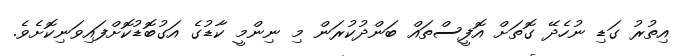
އިތުރު ގަޑި ނުހެދޭ ގޮތަށް އޮފީސްތައް ބަންދުކުރަން މި ނިންމީ ކާޑުގެ އަގުބޮޑުކޮށްފައިވަނިކޮށެވެ.